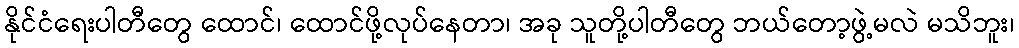
နိုင်ငံရေးပါတီတွေ ထောင်၊ ထောင်ဖို့လုပ်နေတာ၊ အခု သူတို့ပါတီတွေ ဘယ်တော့ဖွဲ့မလဲ မသိဘူး၊